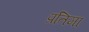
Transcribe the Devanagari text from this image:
प्रतिमा